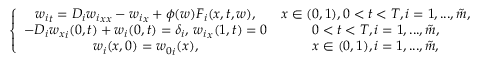
\left\{ \begin{array} { c c } { { w _ { i } } _ { t } = D _ { i } { w _ { i } } _ { x x } - { w _ { i } } _ { x } + \phi ( w ) F _ { i } ( x , t , w ) , } & { x \in ( 0 , 1 ) , 0 < t < T , i = 1 , . . . , \tilde { m } , } \\ { - D _ { i } { w _ { x } } _ { i } ( 0 , t ) + w _ { i } ( 0 , t ) = \delta _ { i } , \, { w _ { i } } _ { x } ( 1 , t ) = 0 } & { 0 < t < T , i = 1 , . . . , \tilde { m } , } \\ { w _ { i } ( x , 0 ) = { w _ { 0 } } _ { i } ( x ) , } & { x \in ( 0 , 1 ) , i = 1 , . . . , \tilde { m } , } \end{array} \right.